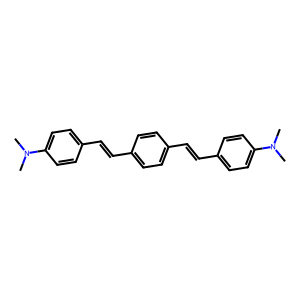
SMILES: CN(C)c1ccc(C=Cc2ccc(C=Cc3ccc(N(C)C)cc3)cc2)cc1
Inhibits HIV replication: No